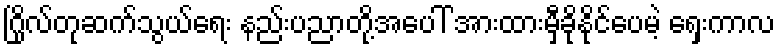
ဂြိုလ်တုဆက်သွယ်ရေး နည်းပညာတို့အပေါ် အားထားမှီခိုနိုင်ပေမဲ့ ရှေးကာလ